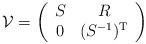
LaTeX: \begin{align*}{\cal{V}} =\left( \begin{array}{cc}S & R \\0 & (S^{-1})^{\rm T} \end{array} \right)\end{align*}